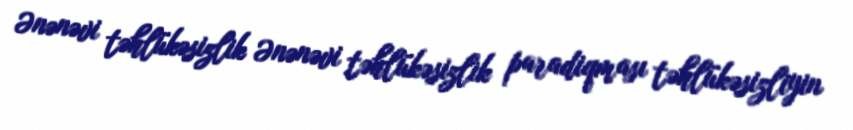
Ənənəvi təhlükəsizlik Ənənəvi təhlükəsizlik paradiqması təhlükəsizliyin